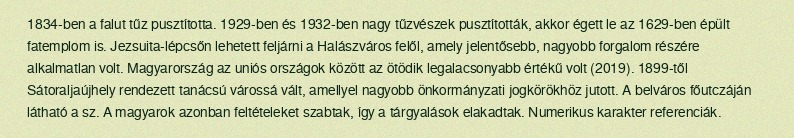
1834-ben a falut tűz pusztította. 1929-ben és 1932-ben nagy tűzvészek pusztították, akkor égett le az 1629-ben épült fatemplom is. Jezsuita-lépcsőn lehetett feljárni a Halászváros felől, amely jelentősebb, nagyobb forgalom részére alkalmatlan volt. Magyarország az uniós országok között az ötödik legalacsonyabb értékű volt (2019). 1899-től Sátoraljaújhely rendezett tanácsú várossá vált, amellyel nagyobb önkormányzati jogkörökhöz jutott. A belváros főutczáján látható a sz. A magyarok azonban feltételeket szabtak, így a tárgyalások elakadtak. Numerikus karakter referenciák.